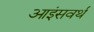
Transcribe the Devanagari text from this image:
आइंसवर्थ